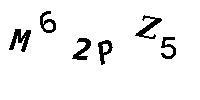
M62PZ5